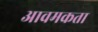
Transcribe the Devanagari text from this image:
आवमकता